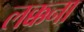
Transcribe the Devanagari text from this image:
लक्कना